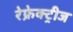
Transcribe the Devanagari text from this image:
रेफ्रेक्ट्रीज